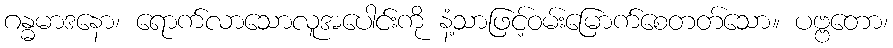
ဂန္ဓမာဒနော၊ ရောက်လာသောလူအပေါင်းကို နံ့သာဖြင့်ဝမ်းမြောက်စေတတ်သော။ ပဗ္ဗတော၊